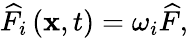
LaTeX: {\widehat F_{i}}\left({{\mathbf{x}},t}\right)={\omega_{i}}\widehat F,